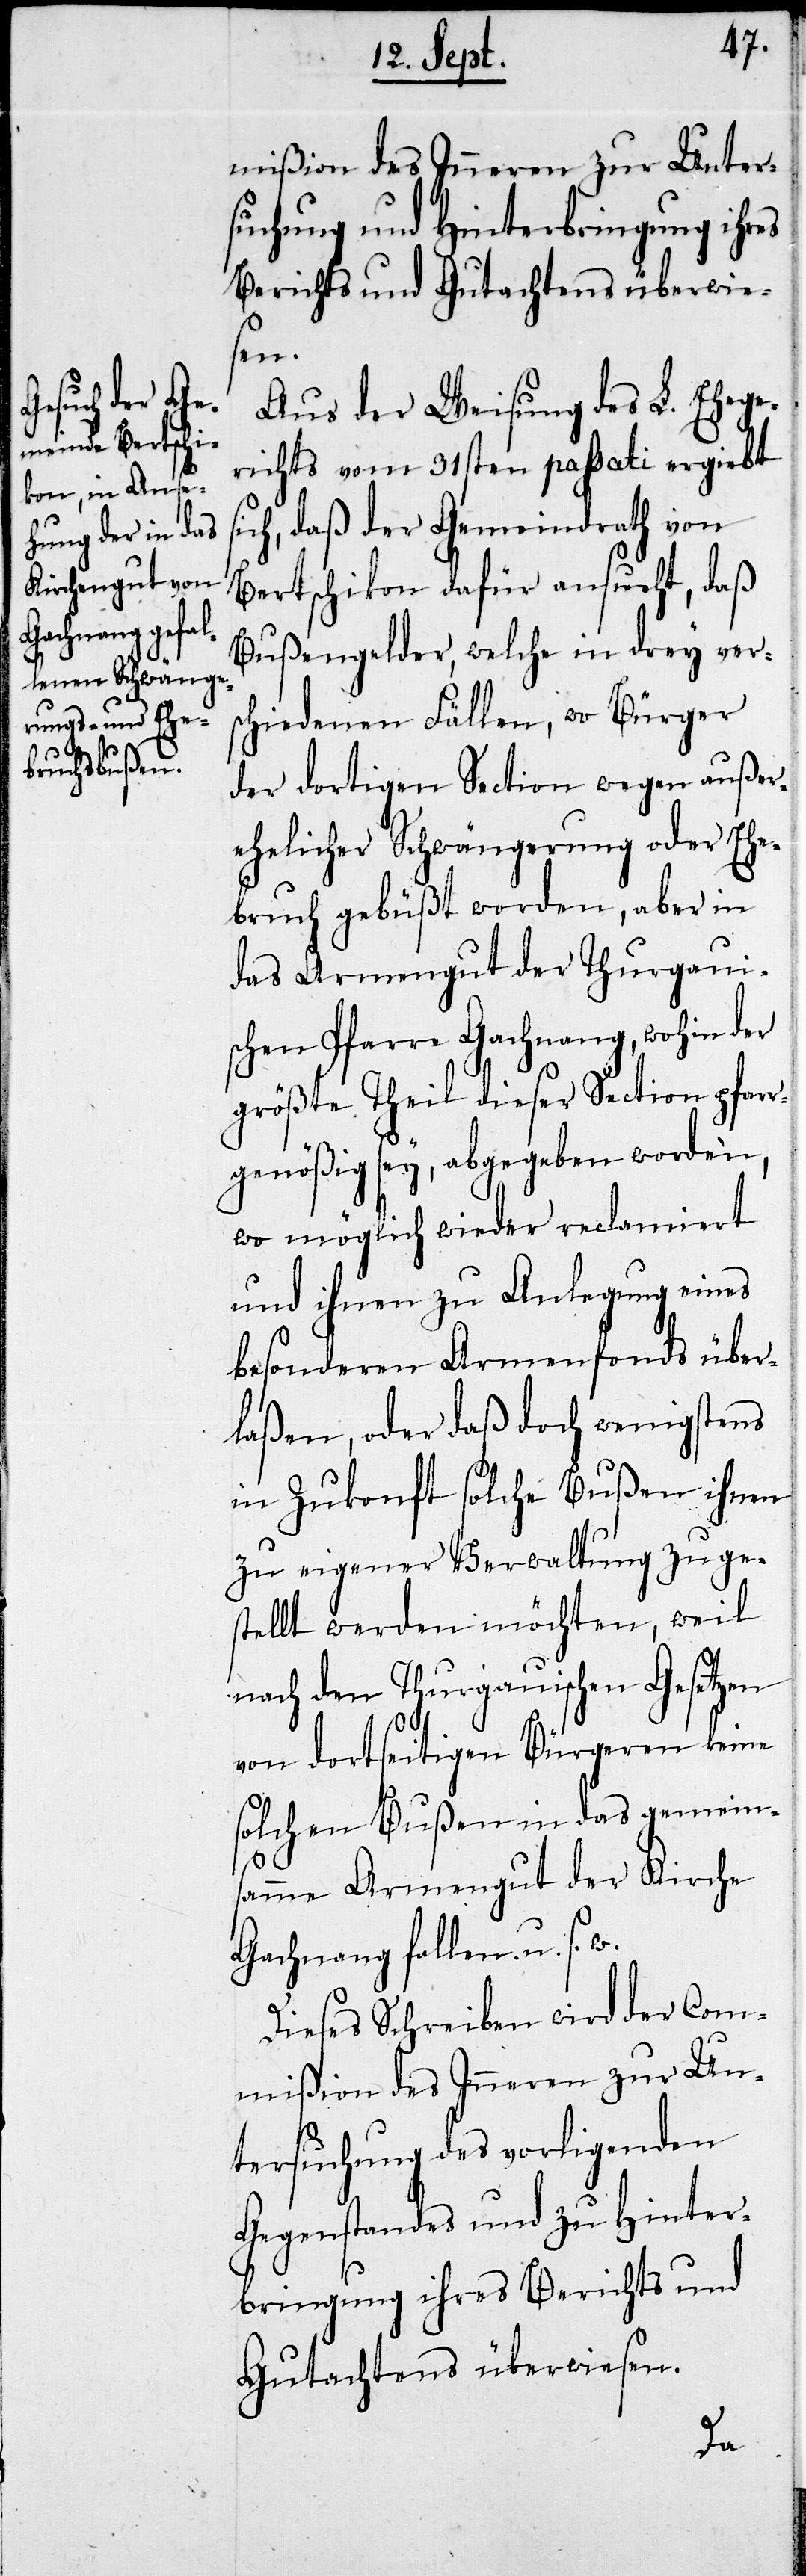
mißion den Innern zur Unter¬
suchung und Hinterbringung ihres
Bericht und Gutachtens überwie¬
si¬
Aus der Weisung des L. Ehege¬
richts vom 31sten paßati ergiebt
ch, daß der Gemeindrath von
Bertschikon dafür ansucht, daß
Bußgelder, welche in drey vers¬
chiedenen Fällen, wo Bürger
der dortigen Section wegen außer¬
ehelichen Schwängerungen oder Ehe¬
bruch gebüßt worden, aber in
das Armengut der Thurgaui¬
schen Pfarre Gachnang, wohin der
größte Theil dieser Section pfar¬
rgenößig sey, abgegeben worden,
wo möglich wieder reclamiert
und ihnen zu Anlegung eines
besonderen Armenfonds über¬
laßen, oder daß doch wenigstens
in Zukonft solche Bußen ihnen
zu eigener Verwaltung zuge¬
stellt werden möchten, weil
nach den Thurgauischen Gesetzen
von dortseitigen Bürgern keine
solchen Bußen in das gemein¬
samme Armengut der Kirche
Gachnang fallen sollen.
Dieses Schreiben wird der Com¬
mißion des Innern zur Un¬
tersuchung des vorliegenden
Gegenstandes und zu Hinter¬
bringung ihres Berichts und
Gutachtens überwiesen.